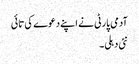
آدمی پارٹی نے اپنے دعوے کی تائی
نئی دہلی۔